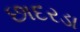
છાદરડા